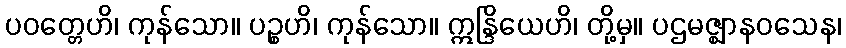
ပဝတ္တေဟိ၊ ကုန်သော။ ပဉ္စဟိ၊ ကုန်သော။ ဣန္ဒြိယေဟိ၊ တို့မှ။ ပဌမဇ္ဈာနဝသေန၊